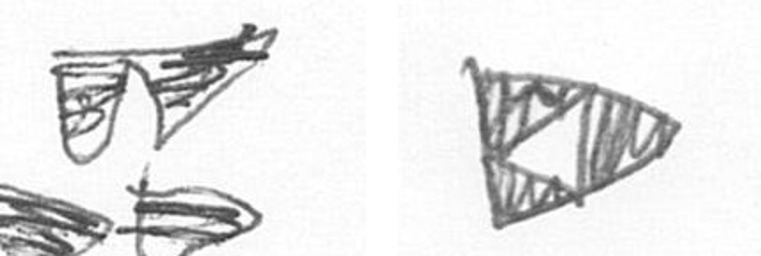
B K